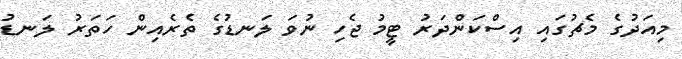
މިއަދުގެ މެޗުގައި އިސްކަންދަރު ޓީމު ޖެހި ނުވަ ލަނޑުގެ ތެރެއިން ހަތަރު ލަނޑު